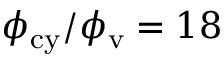
\phi _ { \mathrm { c y } } / \phi _ { \mathrm { v } } = 1 8